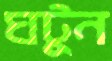
ঘটুন